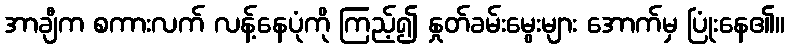
အာချီက စကားလက် လန့်နေပုံကို ကြည့်၍ နှုတ်ခမ်းမွေးများ အောက်မှ ပြုံးနေ၏။